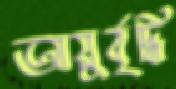
আয়ুর্বৃদ্ধি